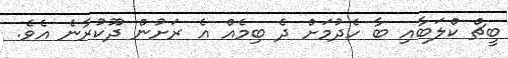
ބީޗް ކްލަބާއި ބާ ހެދުމަށް ދެ ބިމެއް އެ ރަށުން ދޫކުރާނެ އެވެ.